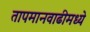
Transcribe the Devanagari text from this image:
तापमानवाढीमध्ये